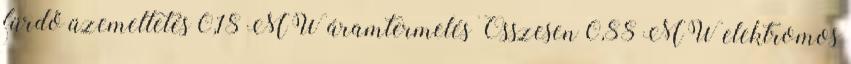
fürdő üzemeltetés 0,18 MW áramtermelés Összesen 0,88 MW elektromos